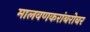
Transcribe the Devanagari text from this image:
मालवणकरांबरोबर